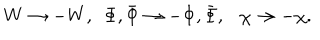
W \rightarrow - W , ~ ~ \Phi , \bar { \Phi } \rightarrow - \Phi , \bar { \Phi } , \chi \rightarrow - \chi .